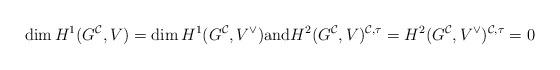
LaTeX: \begin{align*} \dim H^1(G^{\mathcal C}, V) = \dim H^1(G^{\mathcal C}, V^\vee) \textrm{and}H^2 (G^{\mathcal C}, V)^{\mathcal C,\tau} = H^2 (G^{\mathcal C}, V^\vee)^{\mathcal C,\tau} = 0\end{align*}